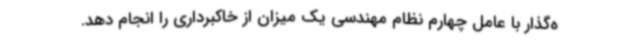
ه‌گذار با عامل چهارم نظام مهندسی یک میزان از خاکبرداری را انجام دهد.